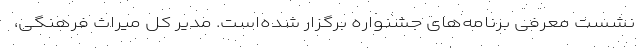
نشست معرفی برنامه‌های جشنواره برگزار شده‌است. مدیر کل میراث فرهنگی،